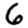
Digit: 6